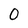
Character: 0